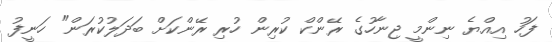
ފަހު އިއްޔެ ނިންމީ ޖިނާހުގެ ރޭންކް ކުރިން ހުރި ރޭންކަށް ބަދަލުކުރަން" ހަނީފު